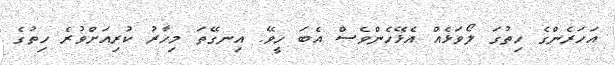
އަހަރެންގެ ހިތުގަ ލޯވަޅެއް އެޅޭހެންވެސް އެބަ ހީވޭ. އިނގޭތަ މިހާރު ކުރިއަށްވުރެ ހިތުގެ